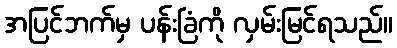
အပြင်ဘက်မှ ပန်းခြံကို လှမ်းမြင်ရသည်။